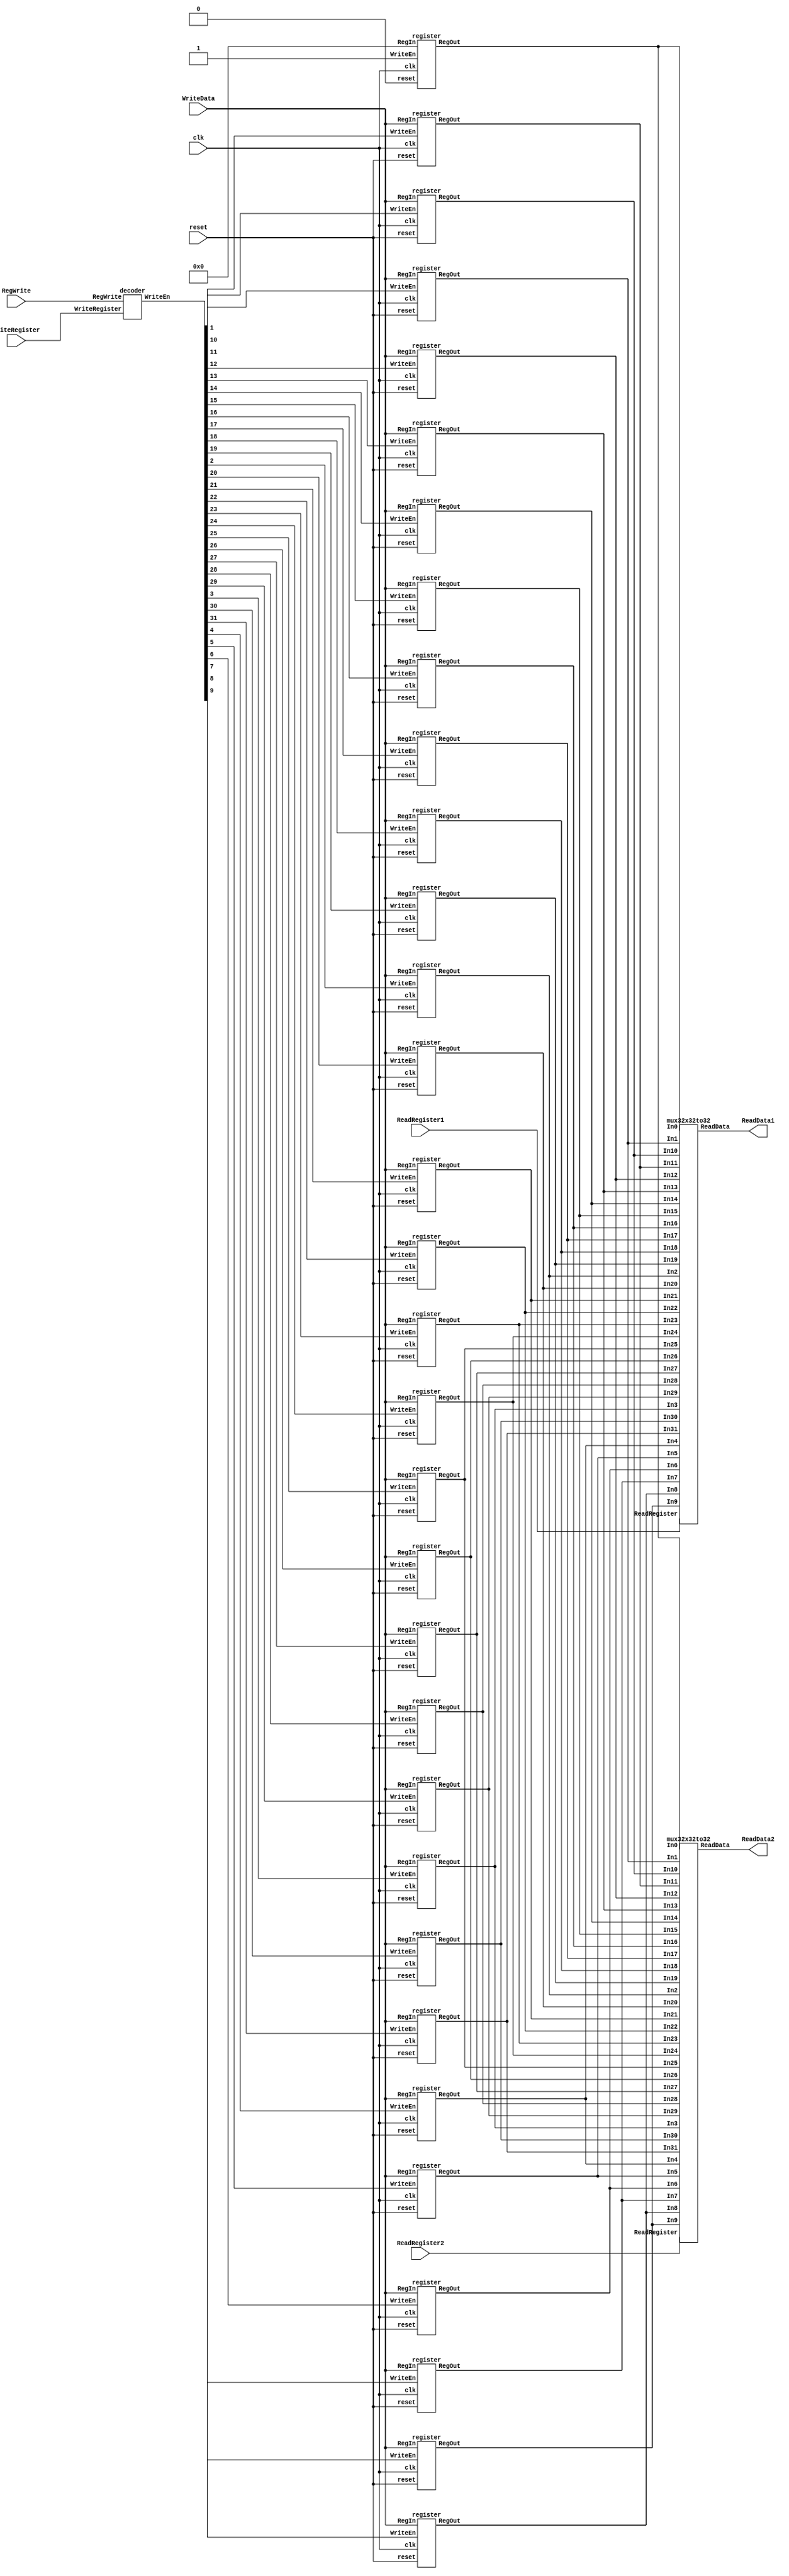
`timescale 1ns / 1ps
//////////////////////////////////////////////////////////////////////////////////
// Company: 
// Engineer: 
// 
// Design Name: 
// Module Name: regfile
// Project Name: 
// Target Devices: 
// Tool Versions: 
// Description: 
// 
// Dependencies: 
// 
// Revision:
// Revision 0.01 - File Created
// Additional Comments: Mdulo del banco de registros
// 
//////////////////////////////////////////////////////////////////////////////////


module regfile(
ReadData1,
ReadData2,
WriteData,
ReadRegister1,
ReadRegister2,
WriteRegister,
RegWrite,
reset,
clk);

input [4:0]ReadRegister1,ReadRegister2,WriteRegister;
input [31:0] WriteData;
input RegWrite,reset, clk;
output [31:0] ReadData1, ReadData2;
wire [31:0] WriteEn;
wire [31:0] RegArray [0:31];
integer i;
     //----Decoder Block
     decoder Decoder1( WriteEn,RegWrite,WriteRegister); //Decodifica la instruccin desde el bit 0 al 31
 register reg0 (RegArray[0],32'b0,1'b1,1'b0, clk);
 register reg1 (RegArray[1],WriteData,WriteEn[1],reset,clk);
 register reg2 (RegArray[2],WriteData,WriteEn[2],reset,clk);
 register reg3 (RegArray[3],WriteData,WriteEn[3],reset,clk);
 register reg4 (RegArray[4],WriteData,WriteEn[4],reset,clk);
 register reg5 (RegArray[5],WriteData,WriteEn[5],reset,clk);
 register reg6 (RegArray[6],WriteData,WriteEn[6],reset,clk);
 register reg7 (RegArray[7],WriteData,WriteEn[7],reset,clk);
 register reg8 (RegArray[8],WriteData,WriteEn[8],reset,clk);
 register reg9 (RegArray[9],WriteData,WriteEn[9],reset,clk);
 register reg10 (RegArray[10],WriteData,WriteEn[10],reset,clk);
 register reg11 (RegArray[11],WriteData,WriteEn[11],reset,clk);
 register reg12 (RegArray[12],WriteData,WriteEn[12],reset,clk);
 register reg13 (RegArray[13],WriteData,WriteEn[13],reset,clk);
 register reg14 (RegArray[14],WriteData,WriteEn[14],reset,clk);
 register reg15 (RegArray[15],WriteData,WriteEn[15],reset,clk);
 register reg16 (RegArray[16],WriteData,WriteEn[16],reset,clk);
 register reg17 (RegArray[17],WriteData,WriteEn[17],reset,clk);
 register reg18 (RegArray[18],WriteData,WriteEn[18],reset,clk);
 register reg19 (RegArray[19],WriteData,WriteEn[19],reset,clk);
 register reg20 (RegArray[20],WriteData,WriteEn[20],reset,clk);
 register reg21 (RegArray[21],WriteData,WriteEn[21],reset,clk);
 register reg22 (RegArray[22],WriteData,WriteEn[22],reset,clk);
 register reg23 (RegArray[23],WriteData,WriteEn[23],reset,clk);
 register reg24 (RegArray[24],WriteData,WriteEn[24],reset,clk);
 register reg25 (RegArray[25],WriteData,WriteEn[25],reset,clk);
 register reg26 (RegArray[26],WriteData,WriteEn[26],reset,clk);
 register reg27 (RegArray[27],WriteData,WriteEn[27],reset,clk);
 register reg28 (RegArray[28],WriteData,WriteEn[28],reset,clk);
 register reg29 (RegArray[29],WriteData,WriteEn[29],reset,clk);
 register reg30 (RegArray[30],WriteData,WriteEn[30],reset,clk);
 register reg31 (RegArray[31],WriteData,WriteEn[31],reset,clk); 
 //----32x32to32 Multiplexor1 Block----
    mux32x32to32 Mux1(ReadData1,RegArray[0], RegArray[1],RegArray[2], RegArray[3],RegArray[4],RegArray[5],RegArray[6],RegArray[7],
 RegArray[8],RegArray[9],RegArray[10],RegArray[11],RegArray[12],RegArray[13],RegArray[14],RegArray[15],RegArray[16],RegArray[17],
 RegArray[18], RegArray[19],RegArray[20],RegArray[21],RegArray[22],RegArray[23],RegArray[24],RegArray[25],RegArray[26],
 RegArray[27], RegArray[28], RegArray[29],RegArray[30],RegArray[31], ReadRegister1
      ); 
           
 //----32x32to32 Multiplexor2 Block----
 mux32x32to32 Mux2(ReadData2,RegArray[0], RegArray[1],RegArray[2], RegArray[3],RegArray[4],RegArray[5],RegArray[6],RegArray[7],
 RegArray[8],RegArray[9],RegArray[10],RegArray[11],RegArray[12],RegArray[13],RegArray[14],RegArray[15],RegArray[16],RegArray[17],
 RegArray[18], RegArray[19],RegArray[20],RegArray[21],RegArray[22],RegArray[23],RegArray[24],RegArray[25],RegArray[26],
 RegArray[27], RegArray[28], RegArray[29],RegArray[30],RegArray[31], ReadRegister2
       );  
endmodule

//------------DFF-------------------
module D_FF (q, d, reset, clk);
output q;
input d, reset, clk;
reg q; // Indica que q est en espera
 
always @(posedge clk or posedge reset)
if (reset)
q = 0; // Estado de reset
else
q = d; // Sino est en reset se le asigna el siguiente estado d.
endmodule
// 1 bit register 
module RegBit(BitOut, BitData, WriteEn,reset, clk);
output BitOut; // 1 bit of register
input BitData, WriteEn; 
input reset,clk;
wire d,f1, f2; // input of D Flip-Flop
wire reset;
//assign reset=0;
and #(50) U1(f1, BitOut, (~WriteEn));
and #(50) U2(f2, BitData, WriteEn);
or  #(50) U3(d, f1, f2);
D_FF DFF0(BitOut, d, reset, clk);
endmodule

//32 bit register 
module register(RegOut,RegIn,WriteEn,reset,clk); 
output [31:0] RegOut;
input [31:0] RegIn;
input WriteEn,reset, clk;
RegBit bit31(RegOut[31],RegIn[31],WriteEn,reset,clk);
RegBit bit30(RegOut[30],RegIn[30],WriteEn,reset,clk);
RegBit bit29(RegOut[29],RegIn[29],WriteEn,reset,clk); 
RegBit bit28(RegOut[28],RegIn[28],WriteEn,reset,clk); 
RegBit bit27(RegOut[27],RegIn[27],WriteEn,reset,clk); 
RegBit bit26(RegOut[26],RegIn[26],WriteEn,reset,clk); 
RegBit bit25(RegOut[25],RegIn[25],WriteEn,reset,clk); 
RegBit bit24(RegOut[24],RegIn[24],WriteEn,reset,clk); 
RegBit bit23(RegOut[23],RegIn[23],WriteEn,reset,clk); 
RegBit bit22(RegOut[22],RegIn[22],WriteEn,reset,clk); 
RegBit bit21(RegOut[21],RegIn[21],WriteEn,reset,clk); 
RegBit bit20(RegOut[20],RegIn[20],WriteEn,reset,clk); 
RegBit bit19(RegOut[19],RegIn[19],WriteEn,reset,clk); 
RegBit bit18(RegOut[18],RegIn[18],WriteEn,reset,clk); 
RegBit bit17(RegOut[17],RegIn[17],WriteEn,reset,clk); 
RegBit bit16(RegOut[16],RegIn[16],WriteEn,reset,clk); 
RegBit bit15(RegOut[15],RegIn[15],WriteEn,reset,clk); 
RegBit bit14(RegOut[14],RegIn[14],WriteEn,reset,clk); 
RegBit bit13(RegOut[13],RegIn[13],WriteEn,reset,clk); 
RegBit bit12(RegOut[12],RegIn[12],WriteEn,reset,clk); 
RegBit bit11(RegOut[11],RegIn[11],WriteEn,reset,clk); 
RegBit bit10(RegOut[10],RegIn[10],WriteEn,reset,clk); 
RegBit bit9 (RegOut[9], RegIn[9], WriteEn,reset,clk); 
RegBit bit8 (RegOut[8], RegIn[8], WriteEn,reset,clk); 
RegBit bit7 (RegOut[7], RegIn[7], WriteEn,reset,clk); 
RegBit bit6 (RegOut[6], RegIn[6], WriteEn,reset,clk); 
RegBit bit5 (RegOut[5], RegIn[5], WriteEn,reset,clk); 
RegBit bit4 (RegOut[4], RegIn[4], WriteEn,reset,clk); 
RegBit bit3 (RegOut[3], RegIn[3], WriteEn,reset,clk); 
RegBit bit2 (RegOut[2], RegIn[2], WriteEn,reset,clk); 
RegBit bit1 (RegOut[1], RegIn[1], WriteEn,reset,clk); 
RegBit bit0 (RegOut[0], RegIn[0], WriteEn,reset,clk); 

endmodule

// Decoder 
module decoder(WriteEn,RegWrite, WriteRegister);
input RegWrite;
input [4:0] WriteRegister;
output [31:0] WriteEn;
wire [31:0] OE; // Output Enable
dec5to32 dec(OE,WriteRegister);
assign WriteEn[0]=0;
 and  #(50) gate1(WriteEn[1],OE[1],RegWrite);
 and  #(50) gate2(WriteEn[2],OE[2],RegWrite);
 and  #(50) gate3(WriteEn[3],OE[3],RegWrite);
 and  #(50) gate4(WriteEn[4],OE[4],RegWrite);
 and  #(50) gate5(WriteEn[5],OE[5],RegWrite);
 and  #(50) gate6(WriteEn[6],OE[6],RegWrite);
 and  #(50) gate7(WriteEn[7],OE[7],RegWrite);
 and  #(50) gate8(WriteEn[8],OE[8],RegWrite);
 and  #(50) gate9(WriteEn[9],OE[9],RegWrite);
 and  #(50) gate10(WriteEn[10],OE[10],RegWrite);
 and  #(50) gate11(WriteEn[11],OE[11],RegWrite);
 and  #(50) gate12(WriteEn[12],OE[12],RegWrite);
 and  #(50) gate13(WriteEn[13],OE[13],RegWrite);
 and  #(50) gate14(WriteEn[14],OE[14],RegWrite);
 and  #(50) gate15(WriteEn[15],OE[15],RegWrite);
 and  #(50) gate16(WriteEn[16],OE[16],RegWrite);
 and  #(50) gate17(WriteEn[17],OE[17],RegWrite);
 and  #(50) gate18(WriteEn[18],OE[18],RegWrite);
 and  #(50) gate19(WriteEn[19],OE[19],RegWrite);
 and  #(50) gate20(WriteEn[20],OE[20],RegWrite);
 and  #(50) gate21(WriteEn[21],OE[21],RegWrite);
 and  #(50) gate22(WriteEn[22],OE[22],RegWrite);
 and  #(50) gate23(WriteEn[23],OE[23],RegWrite);
 and  #(50) gate24(WriteEn[24],OE[24],RegWrite);
 and  #(50) gate25(WriteEn[25],OE[25],RegWrite);
 and  #(50) gate26(WriteEn[26],OE[26],RegWrite);
 and  #(50) gate27(WriteEn[27],OE[27],RegWrite);
 and  #(50) gate28(WriteEn[28],OE[28],RegWrite);
 and  #(50) gate29(WriteEn[29],OE[29],RegWrite);
 and  #(50) gate30(WriteEn[30],OE[30],RegWrite);
 and  #(50) gate31(WriteEn[31],OE[31],RegWrite);
endmodule
module andmore(g,a,b,c,d,e);
  output g;
  input a,b,c,d,e;
  and #(50) and1(f1,a,b,c,d),
            and2(g,f1,e);
endmodule
module dec5to32(Out,Adr);
input [4:0] Adr; // Adr=Address of register
output [31:0] Out;
not #(50) Inv4(Nota, Adr[4]);
not #(50) Inv3(Notb, Adr[3]);
not #(50) Inv2(Notc, Adr[2]);
not #(50) Inv1(Notd, Adr[1]);
not #(50) Inv0(Note, Adr[0]);

andmore a0(Out[0],  Nota,Notb,Notc,Notd,Note); // 00000
andmore a1(Out[1],  Nota,Notb,Notc,Notd,Adr[0]); // 00001
andmore a2(Out[2],  Nota,Notb,Notc,Adr[1],Note); //00010
andmore a3(Out[3],  Nota,Notb,Notc,Adr[1],Adr[0]);
andmore a4(Out[4],  Nota,Notb,Adr[2],Notd,Note);
andmore a5(Out[5],  Nota,Notb,Adr[2],Notd,Adr[0]);
andmore a6(Out[6],  Nota,Notb,Adr[2],Adr[1],Note);
andmore a7(Out[7],  Nota,Notb,Adr[2],Adr[1],Adr[0]);
andmore a8(Out[8],    Nota,Adr[3],Notc,Notd,Note);
andmore a9(Out[9],    Nota,Adr[3],Notc,Notd,Adr[0]);
andmore a10(Out[10],  Nota,Adr[3],Notc,Adr[1],Note);
andmore a11(Out[11],  Nota,Adr[3],Notc,Adr[1],Adr[0]);
andmore a12(Out[12],  Nota,Adr[3],Adr[2],Notd,Note);
andmore a13(Out[13],  Nota,Adr[3],Adr[2],Notd,Adr[0]);
andmore a14(Out[14],  Nota,Adr[3],Adr[2],Adr[1],Note);
andmore a15(Out[15],  Nota,Adr[3],Adr[2],Adr[1],Adr[0]);
andmore a16(Out[16],  Adr[4],Notb,Notc,Notd,Note);
andmore a17(Out[17],  Adr[4],Notb,Notc,Notd,Adr[0]);
andmore a18(Out[18],  Adr[4],Notb,Notc,Adr[1],Note);
andmore a19(Out[19],  Adr[4],Notb,Notc,Adr[1],Adr[0]);
andmore a20(Out[20],  Adr[4],Notb,Adr[2],Notd,Note);
andmore a21(Out[21],  Adr[4],Notb,Adr[2],Notd,Adr[0]);
andmore a22(Out[22],  Adr[4],Notb,Adr[2],Adr[1],Note);
andmore a23(Out[23],  Adr[4],Notb,Adr[2],Adr[1],Adr[0]);
andmore a24(Out[24],  Adr[4],Adr[3],Notc,Notd,Note);
andmore a25(Out[25],  Adr[4],Adr[3],Notc,Notd,Adr[0]);
andmore a26(Out[26],  Adr[4],Adr[3],Notc,Adr[1],Note);
andmore a27(Out[27],  Adr[4],Adr[3],Notc,Adr[1],Adr[0]);
andmore a28(Out[28],  Adr[4],Adr[3],Adr[2],Notd,Note);
andmore a29(Out[29],  Adr[4],Adr[3],Adr[2],Notd,Adr[0]);
andmore a30(Out[30],  Adr[4],Adr[3],Adr[2],Adr[1],Note);
andmore a31(Out[31],  Adr[4],Adr[3],Adr[2],Adr[1],Adr[0]); // 11111
endmodule

//------------module multiplexor 32 to 1----------------
module mux32to1(Out, In , Select);
output Out;
input [31:0] In; 
input [4:0] Select; 
wire [31:0] OE,f; // OE = Output Enable
dec5to32 dec1(OE,Select);

 and  #(50) g_0(f[0],OE[0],In[0]);
 and  #(50) g_1(f[1],OE[1],In[1]);
 and  #(50) g_2(f[2],OE[2],In[2]);
 and  #(50) g_3(f[3],OE[3],In[3]);
 and  #(50) g_4(f[4],OE[4],In[4]);
 and  #(50) g_5(f[5],OE[5],In[5]);
 and  #(50) g_6(f[6],OE[6],In[6]);
 and  #(50) g_7(f[7],OE[7],In[7]);
 and  #(50) g_8(f[8],OE[8],In[8]);
 and  #(50) g_9(f[9],OE[9],In[9]);
 and  #(50) g_10(f[10],OE[10],In[10]);
 and  #(50) g_11(f[11],OE[11],In[11]);
 and  #(50) g_12(f[12],OE[12],In[12]);
 and  #(50) g_13(f[13],OE[13],In[13]);
 and  #(50) g_14(f[14],OE[14],In[14]);
 and  #(50) g_15(f[15],OE[15],In[15]);
 and  #(50) g_16(f[16],OE[16],In[16]);
 and  #(50) g_17(f[17],OE[17],In[17]);
 and  #(50) g_18(f[18],OE[18],In[18]);
 and  #(50) g_19(f[19],OE[19],In[19]);
 and  #(50) g_20(f[20],OE[20],In[20]);
 and  #(50) g_21(f[21],OE[21],In[21]);
 and  #(50) g_22(f[22],OE[22],In[22]);
 and  #(50) g_23(f[23],OE[23],In[23]);
 and  #(50) g_24(f[24],OE[24],In[24]);
 and  #(50) g_25(f[25],OE[25],In[25]);
 and  #(50) g_26(f[26],OE[26],In[26]);
 and  #(50) g_27(f[27],OE[27],In[27]);
 and  #(50) g_28(f[28],OE[28],In[28]);
 and  #(50) g_29(f[29],OE[29],In[29]);
 and  #(50) g_30(f[30],OE[30],In[30]);
 and  #(50) g_31(f[31],OE[31],In[31]);

 

 or #(50) gate3(g3,f[0],f[1],f[2],f[3]);
 or #(50) gate4(g4,f[4],f[5],f[6],f[7]);
 or #(50) gate5(g5,f[8],f[9],f[10],f[11]);
 or #(50) gate6(g6,f[12],f[13],f[14],f[15]);
 or #(50) gate7(g7,f[16],f[17],f[18],f[19]);
 or #(50) gate8(g8,f[20],f[21],f[22],f[23]);
 or #(50) gate9(g9,f[24],f[25],f[26],f[27]);
 or #(50) gate10(g10,f[28],f[29],f[30],f[31]);
 or #(50) gate11(g11,g3,g4,g5,g6);
 or #(50) gate12(g12,g7,g8,g9,10);
 or #(50) gate(Out,g11,g12);
 endmodule
module mux32x32to32(ReadData,In0, In1,In2,In3,In4,In5,In6,In7,In8,In9,In10,In11,In12,In13,In14,In15,In16,In17,In18,In19,In20,In21,In22,In23, In24,In25,In26,In27,In28,In29,In30,In31,ReadRegister);

input [31:0] In0, In1,In2,In3,In4,In5,In6,In7,In8,In9,In10,In11,In12,In13,In14,In15,In16,In17,In18,In19,In20,In21,In22,In23,In24,In25,In26,In27,In28,In29,In30,In31;
input [4:0] ReadRegister;
output [31:0] ReadData;
reg [31:0] ArrayReg [0:31];
integer j;
always @(*)
begin
for (j=0;j<=31;j=j+1)
          ArrayReg[j] = {In31[j], In30[j],In29[j],In28[j],In27[j],In26[j],In25[j],In24[j],In23[j],In22[j],In21[j],
       In20[j],In19[j],In18[j],In17[j],In16[j],In15[j],In14[j],In13[j],In12[j],In11[j],
       In10[j],In9[j],In8[j],In7[j],In6[j],In5[j],In4[j],In3[j],In2[j],In1[j],In0[j]};
   
end
mux32to1  mux0(ReadData[0],ArrayReg[0],ReadRegister);
mux32to1  mux1(ReadData[1],ArrayReg[1],ReadRegister);
mux32to1  mux2(ReadData[2],ArrayReg[2],ReadRegister);
mux32to1  mux3(ReadData[3],ArrayReg[3],ReadRegister);
mux32to1  mux4(ReadData[4],ArrayReg[4],ReadRegister);
mux32to1  mux5(ReadData[5],ArrayReg[5],ReadRegister);
mux32to1  mux6(ReadData[6],ArrayReg[6],ReadRegister);
mux32to1  mux7(ReadData[7],ArrayReg[7],ReadRegister);
mux32to1  mux8(ReadData[8],ArrayReg[8],ReadRegister);
mux32to1  mux9(ReadData[9],ArrayReg[9],ReadRegister);
mux32to1  mux10(ReadData[10],ArrayReg[10],ReadRegister);
mux32to1  mux11(ReadData[11],ArrayReg[11],ReadRegister); 
mux32to1  mux12(ReadData[12],ArrayReg[12],ReadRegister);
mux32to1  mux13(ReadData[13],ArrayReg[13],ReadRegister);
mux32to1  mux14(ReadData[14],ArrayReg[14],ReadRegister);
mux32to1  mux15(ReadData[15],ArrayReg[15],ReadRegister); 
mux32to1  mux16(ReadData[16],ArrayReg[16],ReadRegister);
mux32to1  mux17(ReadData[17],ArrayReg[17],ReadRegister);
mux32to1  mux18(ReadData[18],ArrayReg[18],ReadRegister);
mux32to1  mux19(ReadData[19],ArrayReg[19],ReadRegister);
mux32to1  mux20(ReadData[20],ArrayReg[20],ReadRegister);
mux32to1  mux21(ReadData[21],ArrayReg[21],ReadRegister);
mux32to1  mux22(ReadData[22],ArrayReg[22],ReadRegister);
mux32to1  mux23(ReadData[23],ArrayReg[23],ReadRegister);
mux32to1  mux24(ReadData[24],ArrayReg[24],ReadRegister);
mux32to1  mux25(ReadData[25],ArrayReg[25],ReadRegister);
mux32to1  mux26(ReadData[26],ArrayReg[26],ReadRegister);
mux32to1  mux27(ReadData[27],ArrayReg[27],ReadRegister);
mux32to1  mux28(ReadData[28],ArrayReg[28],ReadRegister);
mux32to1  mux29(ReadData[29],ArrayReg[29],ReadRegister);
mux32to1  mux30(ReadData[30],ArrayReg[30],ReadRegister);
mux32to1  mux31(ReadData[31],ArrayReg[31],ReadRegister);

endmodule